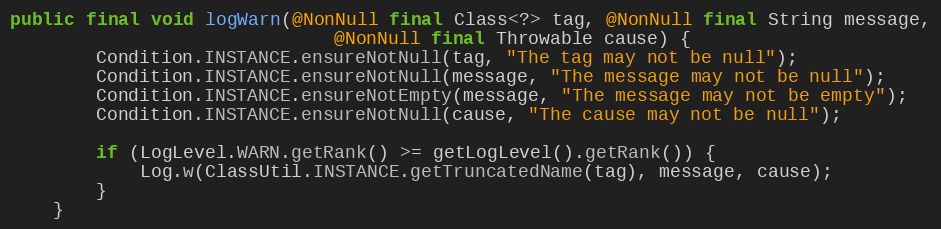
Language: Java
public final void logWarn(@NonNull final Class<?> tag, @NonNull final String message,
                              @NonNull final Throwable cause) {
        Condition.INSTANCE.ensureNotNull(tag, "The tag may not be null");
        Condition.INSTANCE.ensureNotNull(message, "The message may not be null");
        Condition.INSTANCE.ensureNotEmpty(message, "The message may not be empty");
        Condition.INSTANCE.ensureNotNull(cause, "The cause may not be null");

        if (LogLevel.WARN.getRank() >= getLogLevel().getRank()) {
            Log.w(ClassUtil.INSTANCE.getTruncatedName(tag), message, cause);
        }
    }